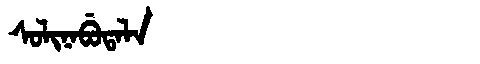
Manchu: ᠰᠣᠯᡳᠨᠠᠪᡠᡨᠠᠯᠠ
Romanization: SOLINABUTALA